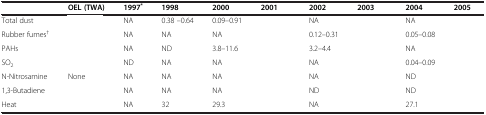
<table><thead><tr><td>[EMPTY_CELL]</td><td><b>OEL (TWA)</b></td><td><b>1997<sup>*</sup></b></td><td><b>1998</b></td><td><b>2000</b></td><td><b>2001</b></td><td><b>2002</b></td><td><b>2003</b></td><td><b>2004</b></td><td><b>2005</b></td></tr></thead><tbody><tr><td>Total dust</td><td>[EMPTY_CELL]</td><td>NA</td><td>0.38 –0.64</td><td>0.09–0.91</td><td>[EMPTY_CELL]</td><td>NA</td><td>[EMPTY_CELL]</td><td>NA</td><td>[EMPTY_CELL]</td></tr><tr><td>Rubber fumes<sup>†</sup></td><td>[EMPTY_CELL]</td><td>NA</td><td>NA</td><td>NA</td><td>[EMPTY_CELL]</td><td>0.12–0.31</td><td>[EMPTY_CELL]</td><td>0.05–0.08</td><td>[EMPTY_CELL]</td></tr><tr><td>PAHs</td><td>[EMPTY_CELL]</td><td>NA</td><td>ND</td><td>3.8–11.6</td><td>[EMPTY_CELL]</td><td>3.2–4.4</td><td>[EMPTY_CELL]</td><td>NA</td><td>[EMPTY_CELL]</td></tr><tr><td>SO<sub>2</sub></td><td>[EMPTY_CELL]</td><td>ND</td><td>NA</td><td>NA</td><td>[EMPTY_CELL]</td><td>NA</td><td>[EMPTY_CELL]</td><td>0.04–0.09</td><td>[EMPTY_CELL]</td></tr><tr><td>N-Nitrosamine</td><td>None</td><td>NA</td><td>NA</td><td>NA</td><td>[EMPTY_CELL]</td><td>NA</td><td>[EMPTY_CELL]</td><td>ND</td><td>[EMPTY_CELL]</td></tr><tr><td>1,3-Butadiene</td><td>[EMPTY_CELL]</td><td>NA</td><td>NA</td><td>NA</td><td>[EMPTY_CELL]</td><td>ND</td><td>[EMPTY_CELL]</td><td>ND</td><td>[EMPTY_CELL]</td></tr><tr><td>Heat</td><td>[EMPTY_CELL]</td><td>NA</td><td>32</td><td>29.3</td><td>[EMPTY_CELL]</td><td>NA</td><td>[EMPTY_CELL]</td><td>27.1</td><td>[EMPTY_CELL]</td></tr></tbody></table>